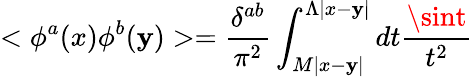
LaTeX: <\phi^{a}(x)\phi^{b}(\mathbf{y})>=\frac{{\delta^{ab}}}{{\pi^{2}}}\int_{M|x-\mathbf{y}|}^{\Lambda|x-\mathbf{y}|}dt\frac{{\sint}}{{t^{2}}}